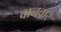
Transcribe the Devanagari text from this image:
वानवार